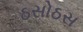
ઠસોઠસ